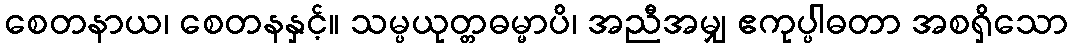
စေတနာယ၊ စေတနနှင့်။ သမ္ပယုတ္တဓမ္မာပိ၊ အညီအမျှ ဧကုပ္ပါဓတာ အစရှိသော